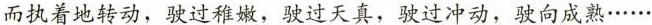
而执着地转动，驶过稚嫩，驶过天真，驶过冲动，驶向·······